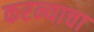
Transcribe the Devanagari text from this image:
करन्याचा